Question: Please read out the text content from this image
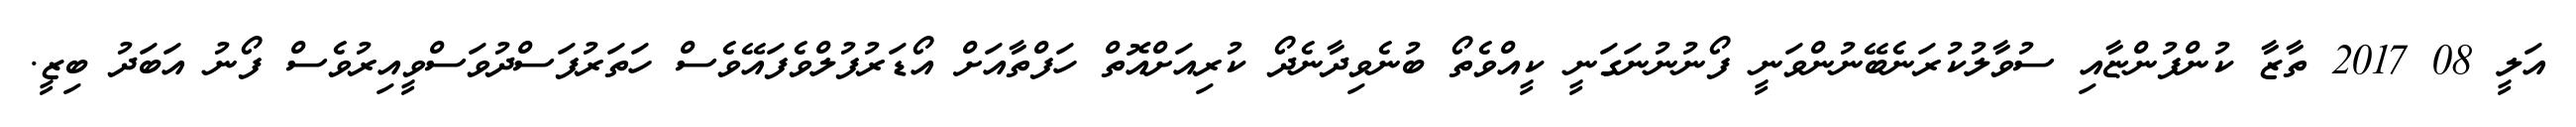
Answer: އަލީ 08 2017 ތާޒާ ކުންފުންޏާއި ސުވާލުކުރަނެބޭނުންވަނީ ފޯނުނުނަގަނީ ކީއްވެތޯ ބުނެވިދާނެދޯ ކުރިއަށްއޮތް ހަފްތާއަށް އޯޑަރުފުލްވެފައޭވެސް ހަތަރުފަސްދުވަސްވީއިރުވެސް ފޯނު އަބަދު ބިޒީ.